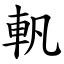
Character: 軓